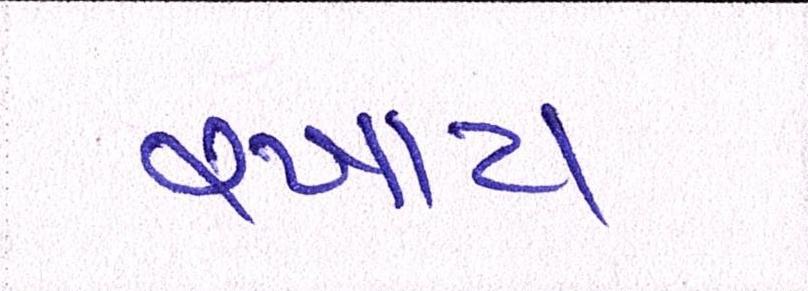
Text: રખાય